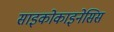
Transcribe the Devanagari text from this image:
साइकोकाइनेसिस